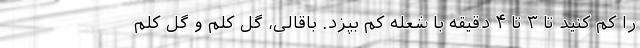
را کم کنید تا ۳ تا ۴ دقیقه با شعله کم بپزد. باقالی، گل کلم و گل کلم